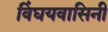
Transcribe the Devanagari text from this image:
विंघयवासिनी